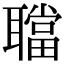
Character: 𦗴